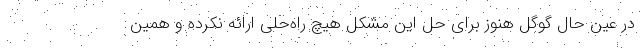
در عین حال گوگل هنوز برای حل این مشکل هیچ راه‌حلی ارائه نکرده و همین